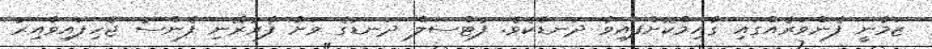
ޒަމާނީ ފެންވަރެއްގައި ގާއިމްކޮށްފައިވާ ދަނޑެކެވެ. ފުޓްސަލް ދަނޑުގެ ވަށާ ފާރުރޭނި ފެންސު ޖެހިފައިވާއިރު